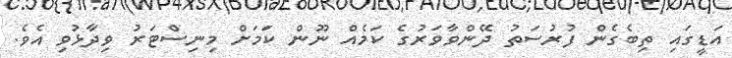
އަޑީގައި ތިބެގެން ފުރުސަތު ދޭންވާވަރުގެ ކަމެއް ނޫން ކަމަށް މިނިސްޓަރު ވިދާޅުވި އެވެ.